Indian journal of veterinary science and animal husbandry - Volumes 22-23, 1952-1953
Year: 1952
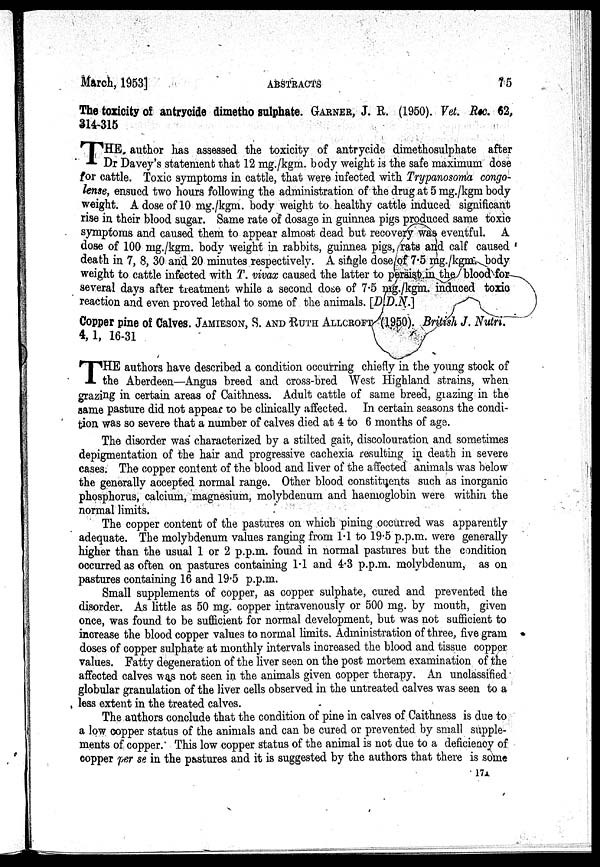
March, 1953]
ABSTRACTS
75
The toxicity of antrycide dimetho sulphate. GARNER, J. R. (1950). Vet. Rec. 62,
314-315
THE
author has assessed the toxicity of antrycide dimethosulphate after
Dr Davey's statement that 12 mg./kgm. body weight is the safe maximum dose
for cattle. Toxic symptoms in cattle, that were infected with Trypanosoma congo-
lense, ensued two hours following the administration of the drug at 5 mg./kgm body
weight. A dose of 10 mg./kgm. body weight to healthy cattle induced significant
rise in their blood sugar. Same rate of dosage in guinnea pigs produced same toxic
symptoms and caused them to appear almost dead but recovery was eventful. A
dose of 100 mg./kgm. body weight in rabbits, guinnea pigs, rats and calf caused
death in 7, 8, 30 and 20 minutes respectively. A single dose/of 7.5 mg./kgm. body
weight to cattle infected with T. vivax caused the latter to persist in the blood for
several days after treatment while a second dose of 7.5 mg./kgm. induced toxic
reaction and even proved lethal to some of the animals. [D.D.N.]
Copper pine of Calves. JAMIESON, S. AND RUTH ALLCROFT (1950). British J. Nutri.
4, l,
16-31
T HE authors have described a condition occurring chiefly in the young stock of
the Aberdeen—Angus breed and cross-bred West Highland strains, when
grazing in certain areas of Caithness. Adult cattle of same breed, grazing in the
same pasture did not appear to be clinically affected. In certain seasons the condi-
tion was so severe that a number of calves died at 4 to 6 months of age.
The disorder was characterized by a stilted gait, discolouration and sometimes
depigmentation of the hair and progressive cachexia resulting in death in severe
cases. The copper content of the blood and liver of the affected animals was below
the generally accepted normal range. Other blood constituents such as inorganic
phosphorus, calcium, magnesium, molybdenum and haemoglobin were within the
normal limits.
The copper content of the pastures on which pining occurred was apparently
adequate. The molybdenum values ranging from 1.1 to 19.5 p.p.m. were generally
higher than the usual 1 or 2 p.p.m. found in normal pastures but the condition
occurred as often on pastures containing 1.1 and 4.3 p.p.m. molybdenum, as on
pastures containing 16 and 19.5 p.p.m.
Small supplements of copper, as copper sulphate, cured and prevented the
disorder. As little as 50 mg. copper intravenously or 500 mg. by mouth, given
once, was found to be sufficient for normal development, but was not sufficient to
increase the blood copper values to normal limits. Administration of three, five gram
doses of copper sulphate at monthly intervals increased the blood and tissue copper
values. Fatty degeneration of the liver seen on the post mortem examination of the
affected calves was not seen in the animals given copper therapy. An unclassified
globular granulation of the liver cells observed in the untreated calves was seen to a
less extent in the treated calves.
The authors conclude that the condition of pine in calves of Caithness is due to
a low copper status of the animals and can be cured or prevented by small supple-
ments of copper. This low copper status of the animal is not due to a deficiency of
copper per se in the pastures and it is suggested by the authors that there is some
17A